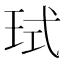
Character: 𪻙